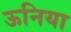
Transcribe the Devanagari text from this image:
ऊनिया